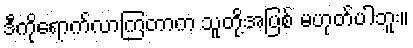
ဒီကိုရောက်လာကြတာက သူတို့အပြစ် မဟုတ်ပါဘူး။